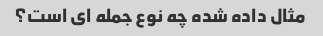
مثال داده شده چه نوع جمله ای است؟